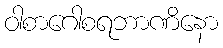
ဝါစာဂေါစရဘာဏိနော